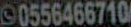
90556466710